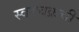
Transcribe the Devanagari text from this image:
स्वरचक्रची